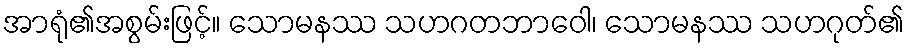
အာရုံ၏အစွမ်းဖြင့်။ သောမနဿ သဟဂတဘာဝေါ၊ သောမနဿ သဟဂုတ်၏